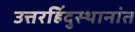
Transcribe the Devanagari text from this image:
उत्तरहिंदुस्थानांत